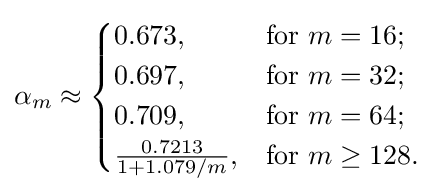
\alpha _{m}\approx {\begin{cases}0.673,&{\text{for }}m=16;\\0.697,&{\text{for }}m=32;\\0.709,&{\text{for }}m=64;\\{\frac {0.7213}{1+1.079/m}},&{\text{for }}m\geq 128.\end{cases}}